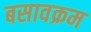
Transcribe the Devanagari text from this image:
बसावक्रम